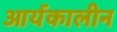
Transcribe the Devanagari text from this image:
आर्यकालीन